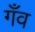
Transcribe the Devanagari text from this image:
गँव